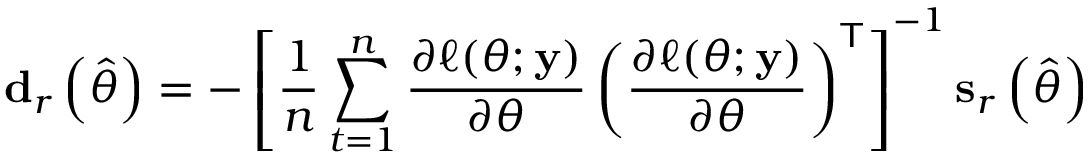
\mathbf { d } _ { r } \left( { \widehat { \theta } } \right) = - \left[ { \frac { 1 } { n } } \sum _ { t = 1 } ^ { n } { \frac { \partial \ell ( \theta ; \mathbf { y } ) } { \partial \theta } } \left( { \frac { \partial \ell ( \theta ; \mathbf { y } ) } { \partial \theta } } \right) ^ { \mathsf { T } } \right] ^ { - 1 } \mathbf { s } _ { r } \left( { \widehat { \theta } } \right)